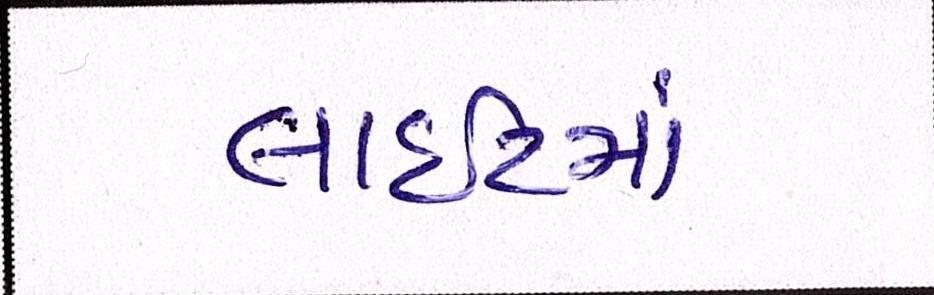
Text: લાઈટમાં